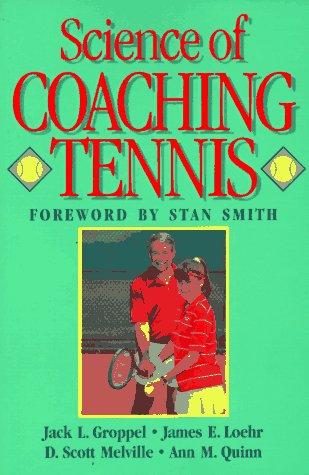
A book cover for Science of Coaching Tennis (Steps to success activity series); Jack L. Groppel; Sports & Outdoors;